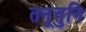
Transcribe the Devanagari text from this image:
तनूतुनि